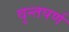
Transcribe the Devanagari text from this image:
वृन्तपर्ण